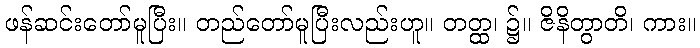
ဖန်ဆင်းတော်မူပြီး။ တည်တော်မူပြီးလည်းဟူ။ တတ္ထ၊ ၌။ ဇိနိတွာတိ၊ ကား။